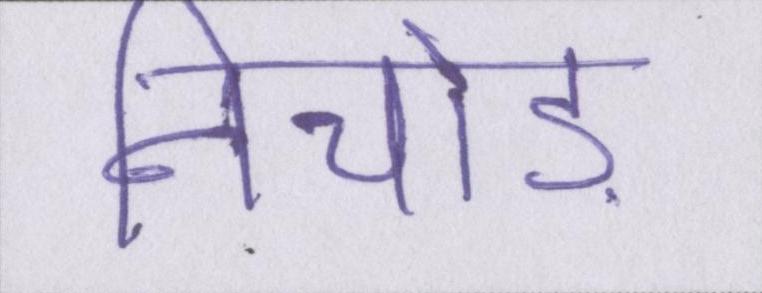
निचोड़